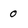
Character: 0